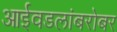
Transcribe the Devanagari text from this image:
आईवडलांबरोबर